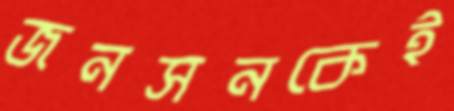
জনসনকেই